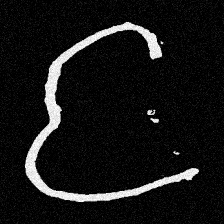
Pyu character \u2014 Myanmar letter: င (romanized: nga)